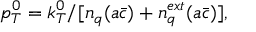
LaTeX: p _ { T } ^ { 0 } = k _ { T } ^ { 0 } / [ n _ { q } ( a \bar { c } ) + n _ { q } ^ { e x t } ( a \bar { c } ) ] ,